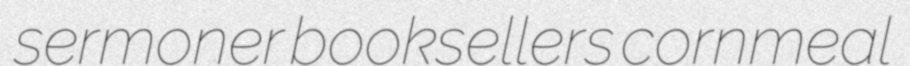
sermoner booksellers cornmeal